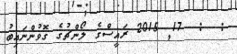
:  :  17